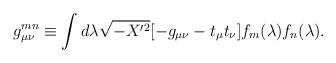
LaTeX: \begin{align*}g_{\mu\nu}^{mn}\equiv\int d\lambda\sqrt{-X'^2}[-g_{\mu\nu}-t_\mu t_\nu] f_m(\lambda)f_n(\lambda).\end{align*}